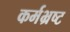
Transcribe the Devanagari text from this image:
कर्मभ्रष्ट